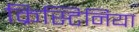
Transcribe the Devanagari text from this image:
क्रिस्टिनिया